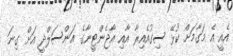
އެއީ އެ މަގާމަށް ކުޅޭ ސިގުއެއިރާ އާއި އާޖެންޓީނާގެ އަންސަލްދީ އަށް ގިނަ